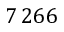
7 \, 2 6 6